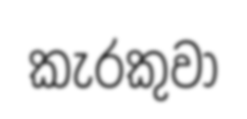
කැරකුවා